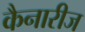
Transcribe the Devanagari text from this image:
कैनारीज